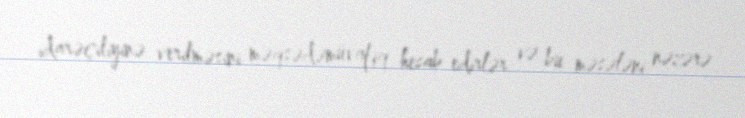
idarəçiliyinə verilməsini məqsədəmüvafiq hesab edirlər və bu məsələni nəzərə